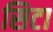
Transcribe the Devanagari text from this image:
सिटा